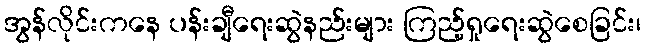
အွန်လိုင်းကနေ ပန်းချီရေးဆွဲနည်းများ ကြည့်ရှုရေးဆွဲစေခြင်း၊